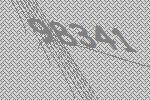
98341